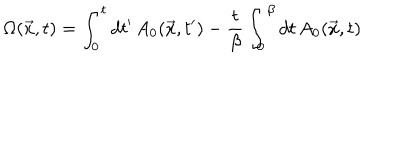
\Omega ( \vec { x } , t ) = \int _ { 0 } ^ { t } d t ^ { \prime } \, A _ { 0 } ( \vec { x } , t ^ { \prime } ) - { \frac { t } { \beta } } \int _ { 0 } ^ { \beta } d t \, A _ { 0 } ( \vec { x } , t )